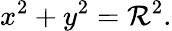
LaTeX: x^{2}+y^{2}=\mathcal{R}^{2}.